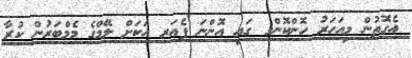
އެގޮތުން މިއަހަރު ހޮންކޮންގ ގައި އޮންނަ ފެއަރ އަކަށް ލޭމްގެ މެމްބަރުން ކުރާ